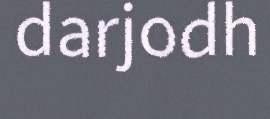
darjodh